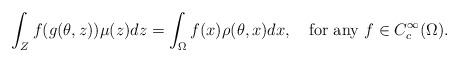
LaTeX: \begin{align*}\int_{Z}f(g(\theta, z))\mu(z)dz=\int_{\Omega}f(x)\rho(\theta,x)dx, \quad\textrm{for any $f\in C_c^{\infty}(\Omega)$.}\end{align*}